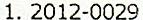
1. 2012-0029